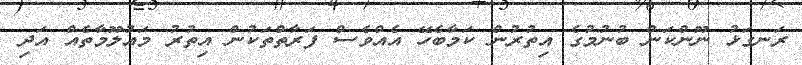
ރަނގަޅު ނޫންކަން ބުނުމުގެ އިތުރުން ކަމާބެހޭ އެއްވެސް ފަރާތްތަކުން އިތުރު މައުލޫމާތެއް އަދި